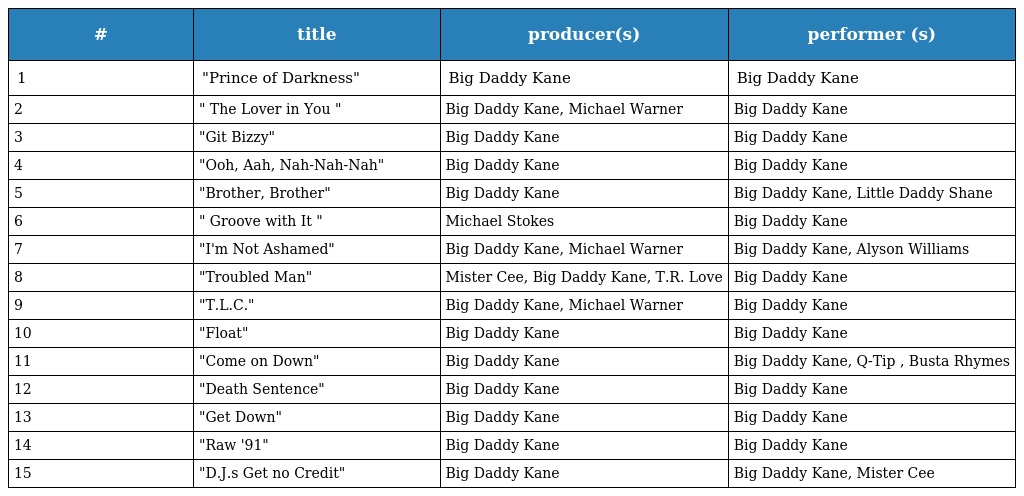
| # | title | producer(s) | performer (s) |
 | --- | --- | --- | --- |
 | 1 | "Prince of Darkness" | Big Daddy Kane | Big Daddy Kane |
 | 2 | " The Lover in You " | Big Daddy Kane, Michael Warner | Big Daddy Kane |
 | 3 | "Git Bizzy" | Big Daddy Kane | Big Daddy Kane |
 | 4 | "Ooh, Aah, Nah-Nah-Nah" | Big Daddy Kane | Big Daddy Kane |
 | 5 | "Brother, Brother" | Big Daddy Kane | Big Daddy Kane, Little Daddy Shane |
 | 6 | " Groove with It " | Michael Stokes | Big Daddy Kane |
 | 7 | "I'm Not Ashamed" | Big Daddy Kane, Michael Warner | Big Daddy Kane, Alyson Williams |
 | 8 | "Troubled Man" | Mister Cee, Big Daddy Kane, T.R. Love | Big Daddy Kane |
 | 9 | "T.L.C." | Big Daddy Kane, Michael Warner | Big Daddy Kane |
 | 10 | "Float" | Big Daddy Kane | Big Daddy Kane |
 | 11 | "Come on Down" | Big Daddy Kane | Big Daddy Kane, Q-Tip , Busta Rhymes |
 | 12 | "Death Sentence" | Big Daddy Kane | Big Daddy Kane |
 | 13 | "Get Down" | Big Daddy Kane | Big Daddy Kane |
 | 14 | "Raw '91" | Big Daddy Kane | Big Daddy Kane |
 | 15 | "D.J.s Get no Credit" | Big Daddy Kane | Big Daddy Kane, Mister Cee |